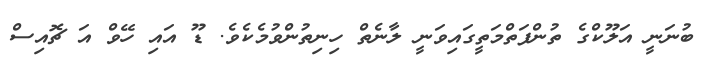
ބުނަނީ އަލޫކްގެ ތުންފަތްމަތީގައިވަނީ ލާނެތް ހިނިތުންވުމެކެވެ. ޑޫ އައި ހޭވް އަ ޗޮއިސް